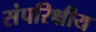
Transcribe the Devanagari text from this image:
संपरिक्षीय